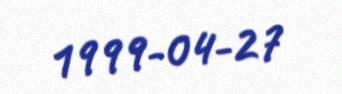
1999-04-27